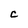
Character: C